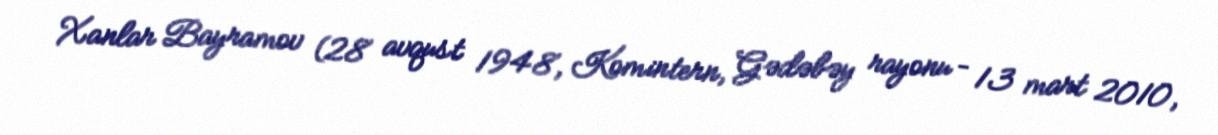
Xanlar Bayramov (28 avqust 1948, Komintern, Gədəbəy rayonu – 13 mart 2010,